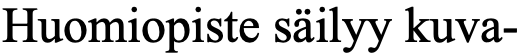
Huomiopiste säilyy kuva-